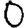
Digit: 0